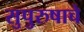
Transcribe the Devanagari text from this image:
सुपुरुषाचे